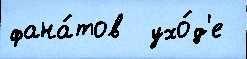
фана́тов  ухо́д'е